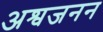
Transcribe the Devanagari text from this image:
अश्वजनन